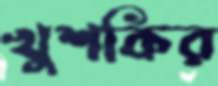
খুশকির